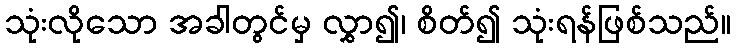
သုံးလိုသော အခါတွင်မှ လွှာ၍၊ စိတ်၍ သုံးရန်ဖြစ်သည်။